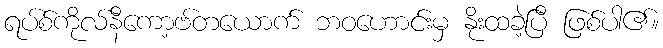
ရပ်စ်ကိုလ်နီကော့ဗ်တယောက် ဘဝဟောင်းမှ နိုးထခဲ့ပြီ ဖြစ်ပါ၏။